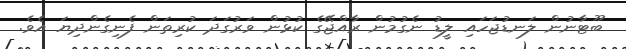
ބޫޓާނުން ލަނޑުޖަހައި ލީޑު ނެގުމުން ރާއްޖޭގެ ކުޅުން ވަރުގަދަ ކުރިތަން ފެނިގެންދިޔަ އެވެ.